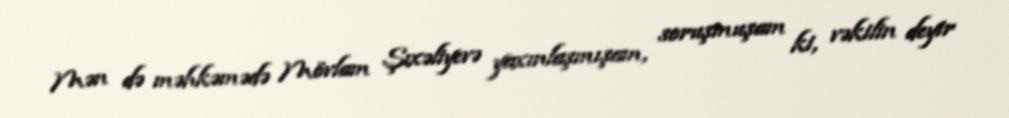
Mən də məhkəmədə Mövlam Şıxəliyevə yaxınlaşmışam, soruşmuşam ki, vəkilin deyir